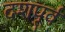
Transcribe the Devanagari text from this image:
दशपूर्व